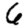
Digit: 6